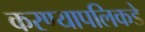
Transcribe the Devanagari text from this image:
करण्यापलिकडे